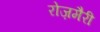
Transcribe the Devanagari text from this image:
रोज़मैरी